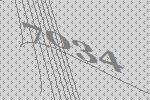
7034